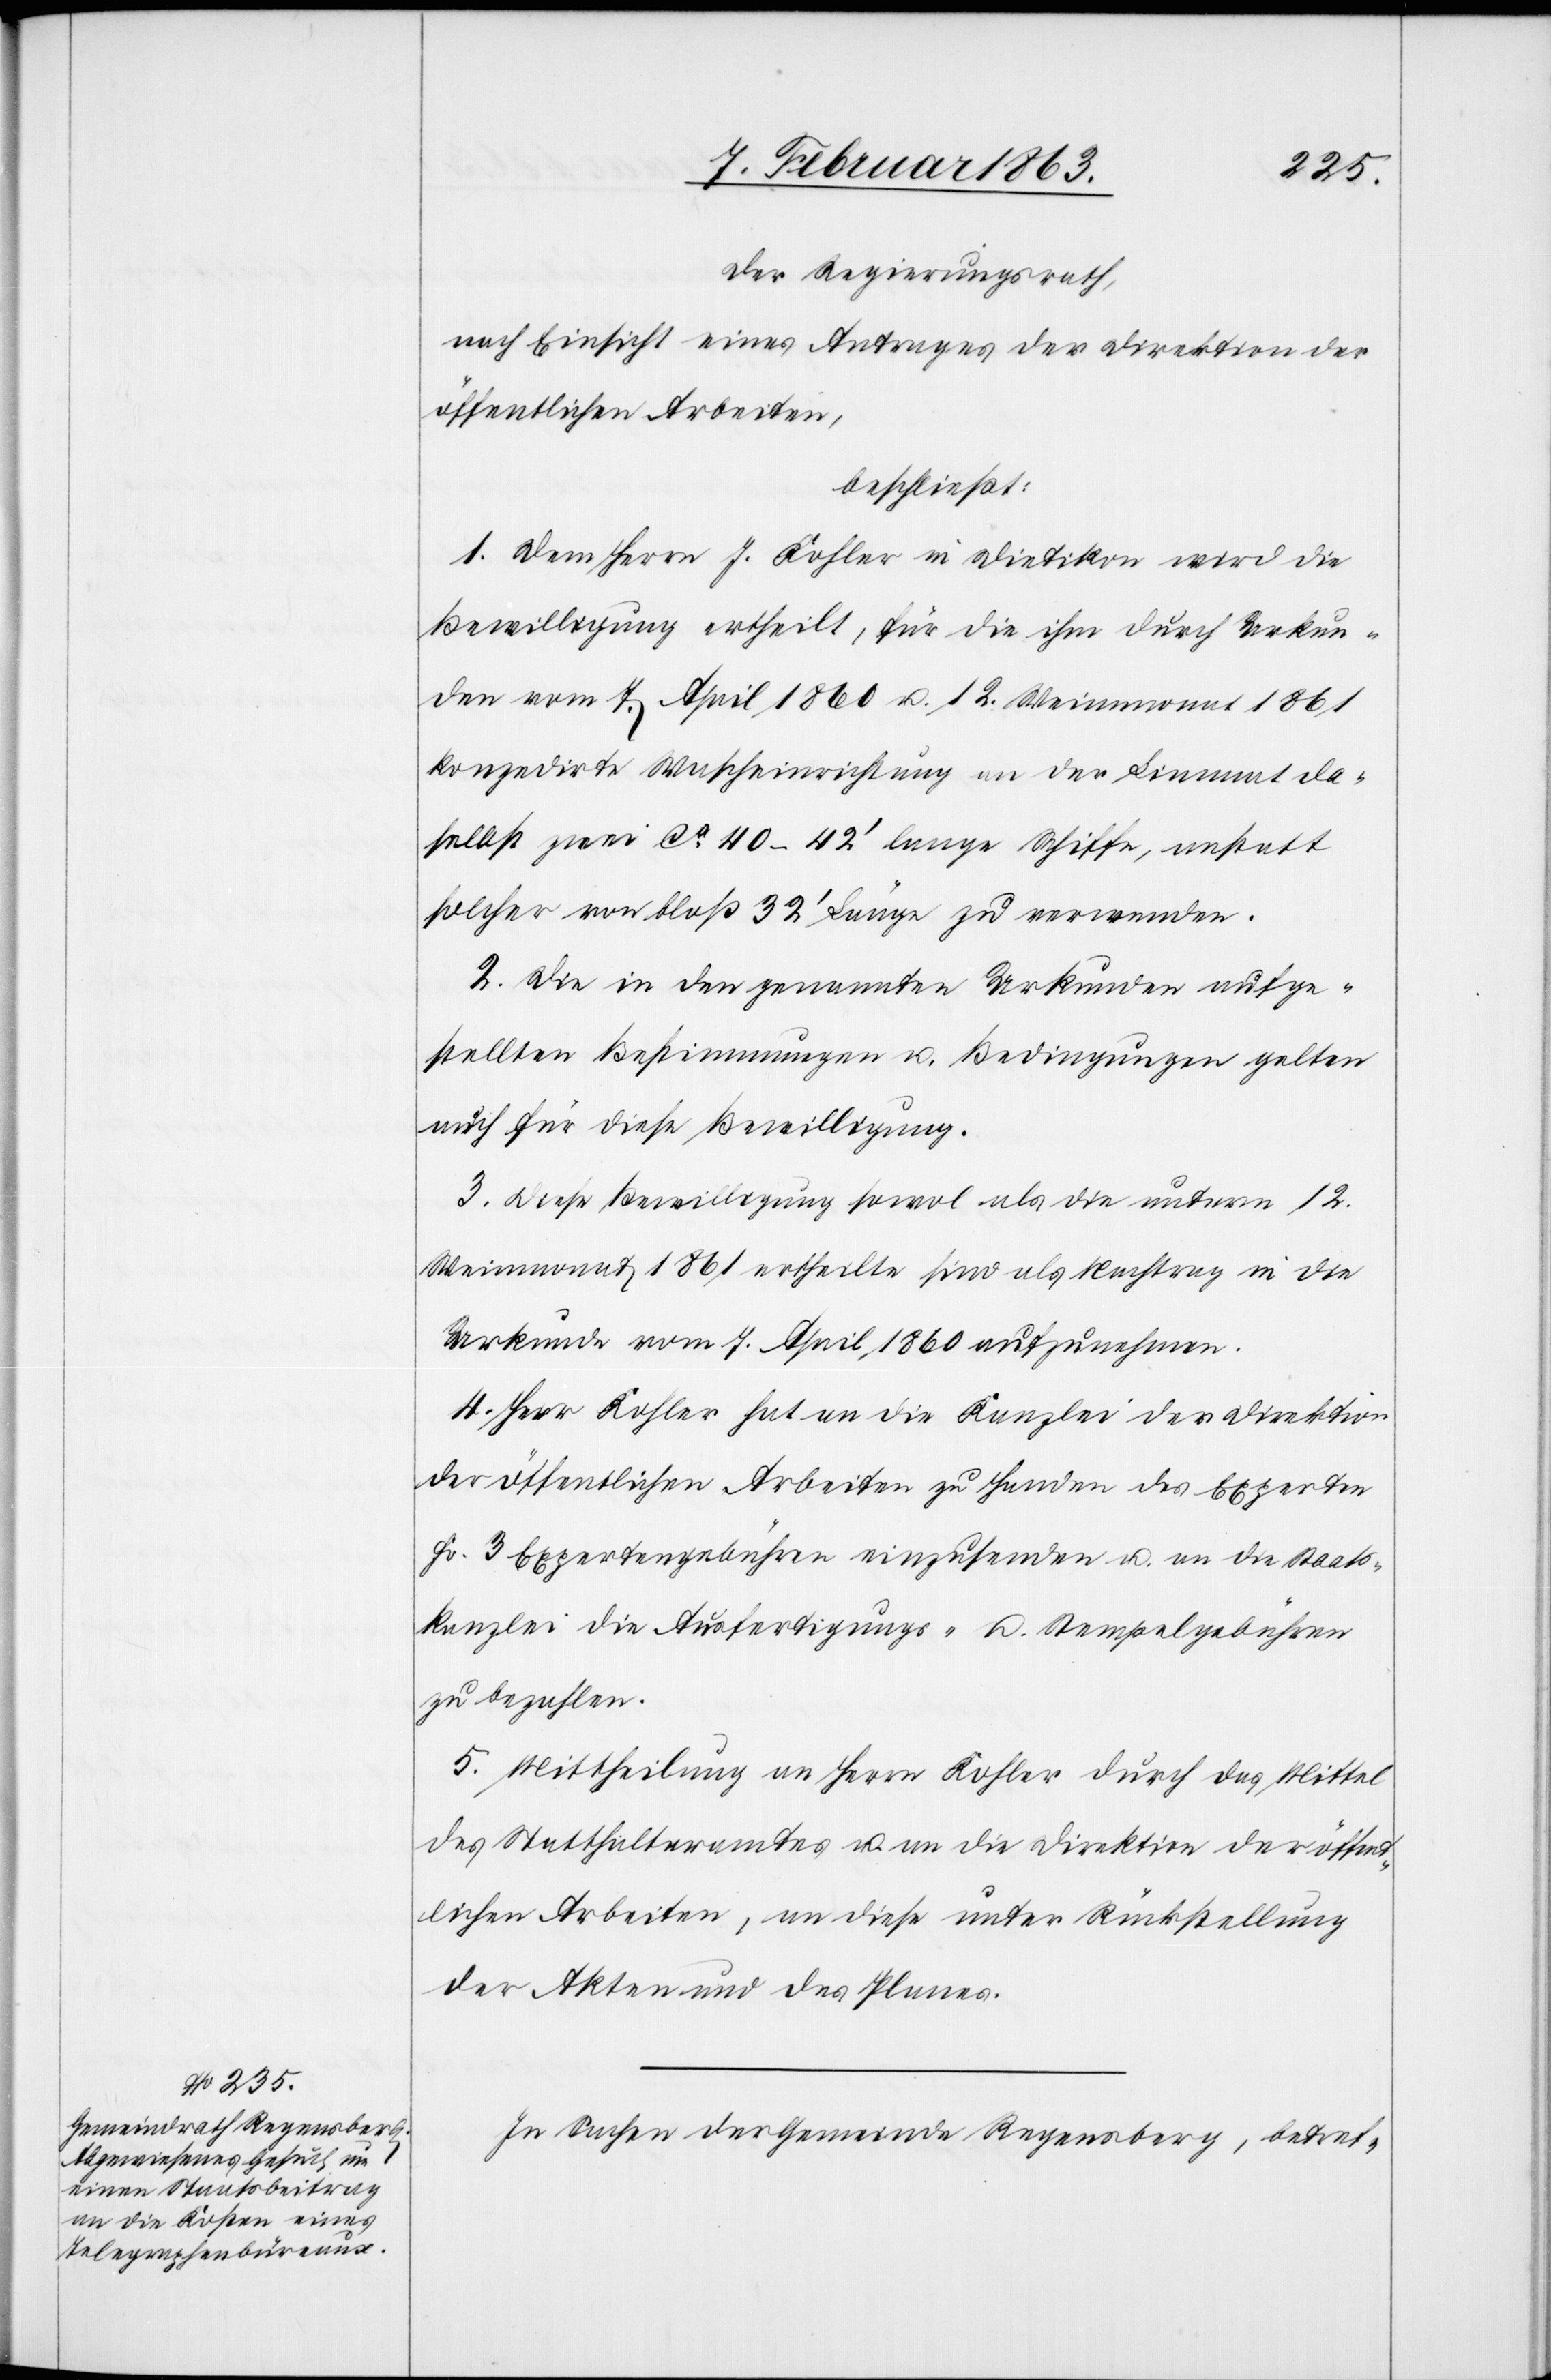
Der Regierungsrath,
nach Einsicht eines Antrages der Direktion der
öffentlichen Arbeiten,
beschließt:
1. Dem Herrn J. Kohler in Dietikon wird die
Bewilligung ertheilt, für die ihm durch Urkun¬
den vom 7. April 1860 u. 12. Weinmonat 1861
konzedirte Wascheinrichtung an der Limmat da¬
selbst zwei ca 40–42' lange Schiffe, anstatt
solcher von bloß 32' Länge zu verwenden.
2. Die in den genannten Urkunden aufge¬
stellten Bestimmungen u. Bedingungen gelten
auch für diese Bewilligung.
3. Diese Bewilligung sowol als die unterm 12.
Weinmonat 1861 ertheilte sind als Nachtrag in die
Urkunde vom 7. April 1860 aufzunehmen.
4. Herr Kohler hat an die Kanzlei der Direktion
der öffentlichen Arbeiten zu Handen des Experten
Fr. 3 Expertengebühren einzusenden u. an die Staats¬
kanzlei die Ausfertigungs- u. Stempelgebühren
zu bezahlen.
5. Mittheilung an Herrn Kohler durch das Mittel
des Statthalteramtes u. an die Direktion der öffent¬
lichen Arbeiten, an diese unter Rückstellung
der Akten und des Planes.
In Sachen der Gemeinde Regensberg, betref-